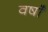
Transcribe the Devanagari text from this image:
वर्षाँ